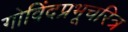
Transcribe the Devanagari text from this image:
गोविंदप्रभूचरित्र